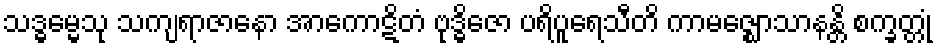
သဒ္ဓမ္မေသု သကျရာဇာနော အာကောဋိတံ ဗုဒ္ဓိဇော ပရိပူရေသီတိ ကာမဇ္ဈောသာနန္တိ စက္ခတ္တုံ